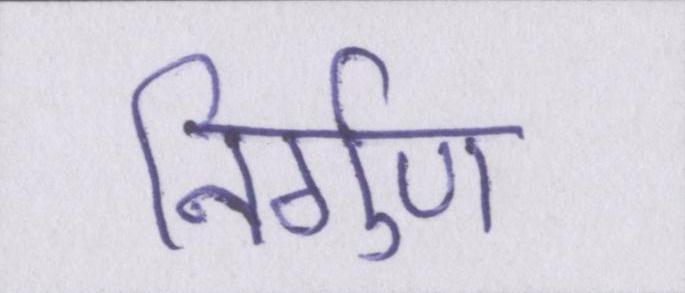
निर्गुण